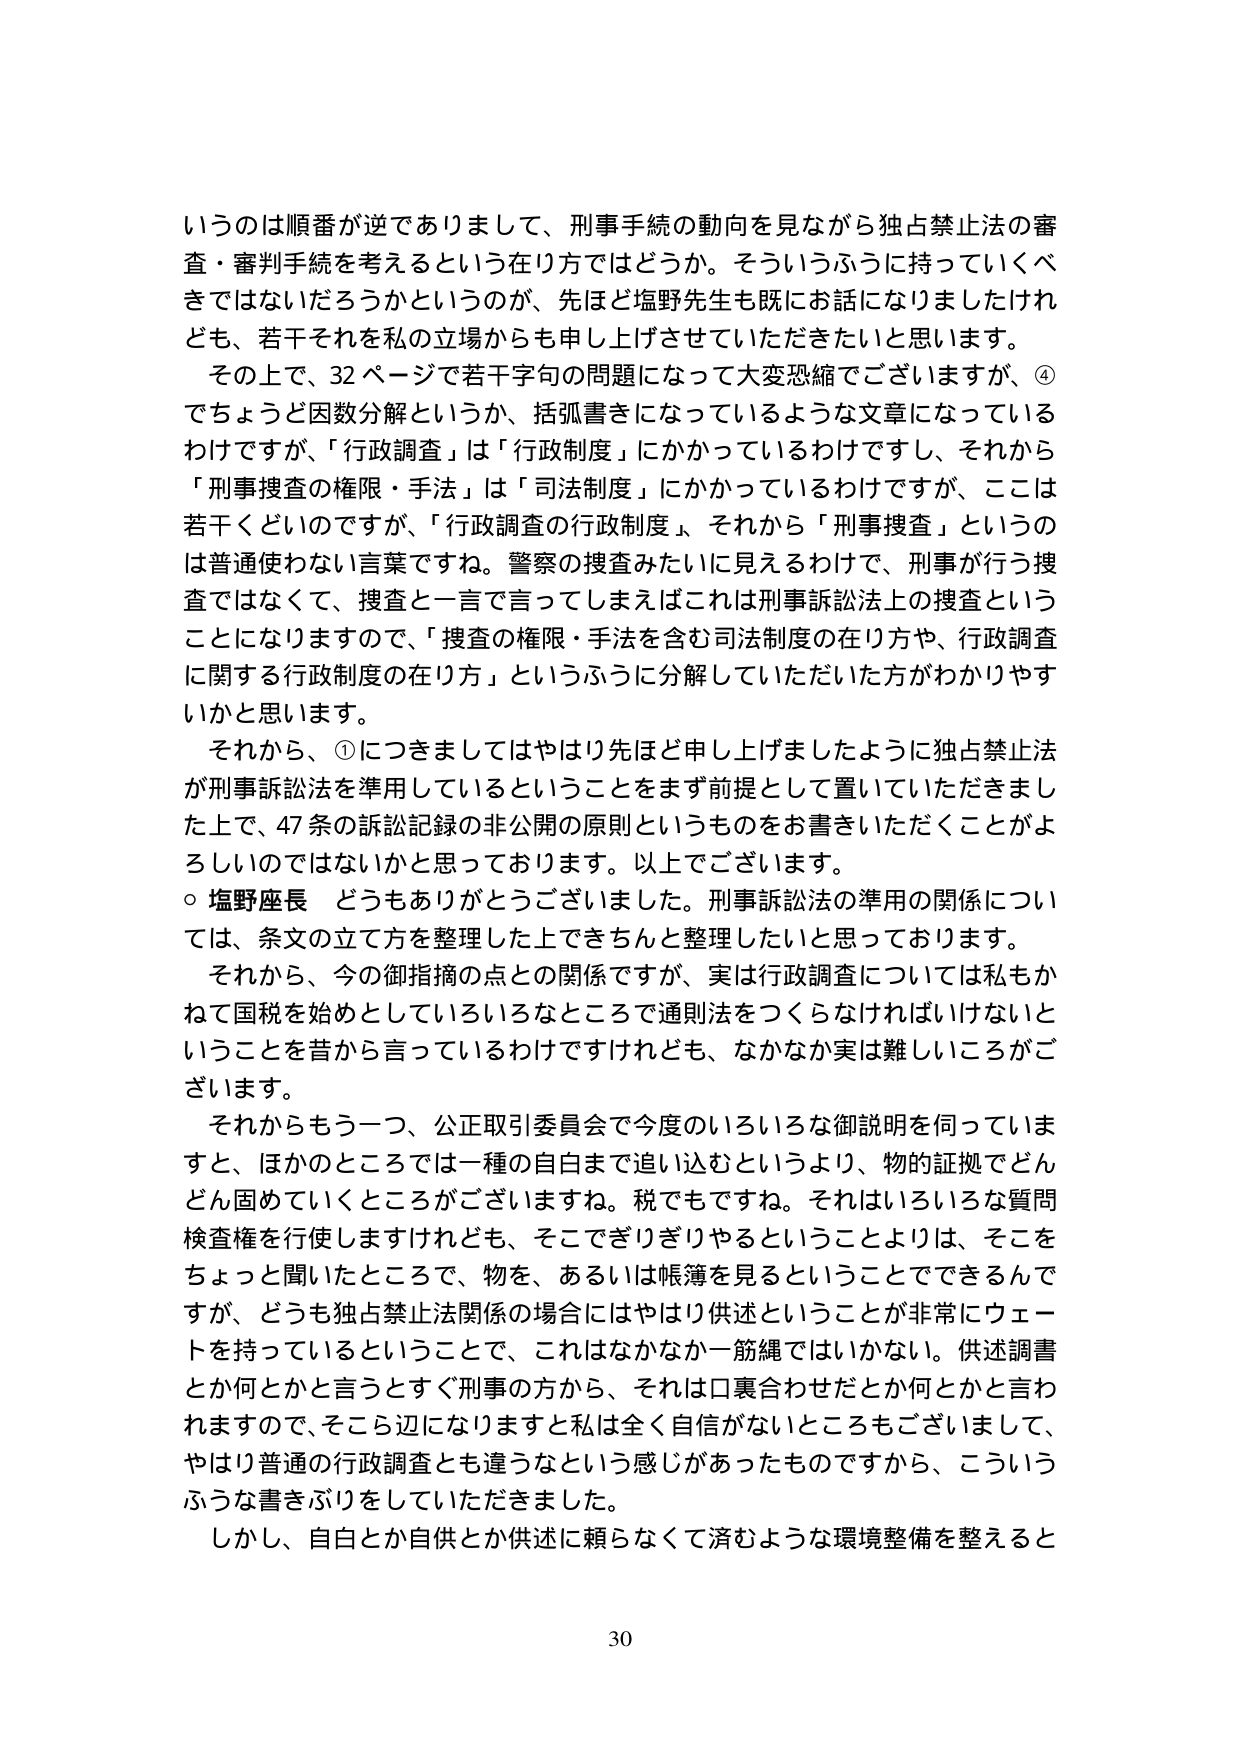
いうのは順番が逆でありまして、刑事手続の動向を見ながら独占禁止法の審査・審判手続を考えるという在り方ではどうか。そういうふうに持っていくべきではないだろうかというのが、先ほど塩野先生も既にお話になりましたけれども、若干それを私の立場からも申し上げさせていただきたいと思います。

その上で、32ページで若干字句の問題になって大変恐縮でございますが、④でちょうど因数分解というか、括弧書きになっているような文章になっているわけですが、「行政調査」は「行政制度」にかかっているわけですし、それから「刑事捜査の権限・手法」は「司法制度」にかかっているわけですが、ここは若干くどいのですが、「行政調査の行政制度」、それから「刑事捜査」というのは普通使わない言葉ですね。警察の捜査みたいに見えるわけで、刑事が行う捜査ではなくて、捜査と言ってしまえばこれは刑事訴訟法上の捜査ということになりますので、「捜査の権限・手法を含む司法制度の在り方や、行政調査に関する行政制度の在り方」というふうに分解していただいた方がわかりやすいかと思います。

それから、①につきましてはやはり先ほど申し上げましたように独占禁止法が刑事訴訟法を準用しているということをまず前提として置いていただきまして、47条の訴訟記録の非公開の原則というものをお書きいただくことがよろしいのではないかと思っております。以上でございます。

○ 塩野座長 どうもありがとうございました。刑事訴訟法の準用の関係については、条文の立て方を整理した上できちんと整理したいと思っております。

それから、今の御指摘の点との関係ですが、実は行政調査については私もかねて国税を始めとしていろいろなところで通則法をつくらなければいけないということを昔から言っているわけですけれども、なかなか実は難しいところがございます。

それからもう一つ、公正取引委員会で今度のいろいろな御説明を伺っていますと、ほかのところでは一種の自白まで追い込むというより、物的証拠でどんどん固めていくところがございますね。税でもですね。それはいろいろな質問検査権を行使しますけれども、そこでぎりぎりやるということよりは、そこをちょっと聞いたところで、物を、あるいは帳簿を見るということでできるんですが、どうも独占禁止法関係の場合にはやはり供述ということが非常にウェートを持っているということで、これはなかなか一筋縄ではいかない。供述調書とか何とかと言うとすぐ刑事の方から、それは口裏合わせだとか何とかと言われますので、そこ辺になりますと私は全く自信がないところもございまして、やはり普通の行政調査とも違うなという感じがあったものですから、こういうふうな書きぶりをしていただきました。

しかし、自白とか自供とか供述に頼らなくて済むような環境整備を整えると

30